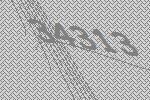
34313